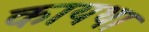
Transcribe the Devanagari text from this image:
कायथा